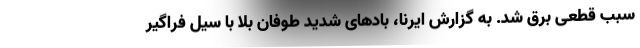
سبب قطعی برق شد. به گزارش ایرنا، بادهای شدید طوفان بلا با سیل فراگیر